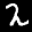
Label: 2